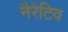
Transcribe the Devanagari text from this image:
नैरेटिव